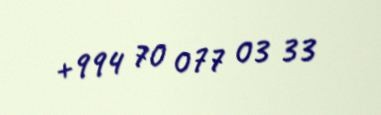
+994 70 077 03 33